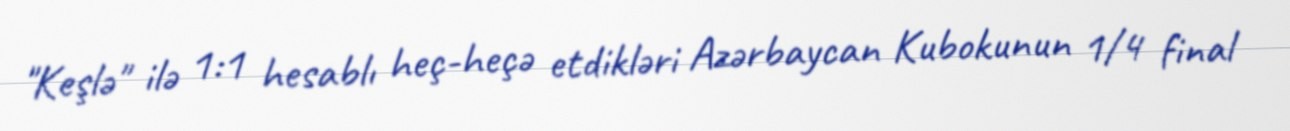
"Keşlə" ilə 1:1 hesablı heç-heçə etdikləri Azərbaycan Kubokunun 1/4 final